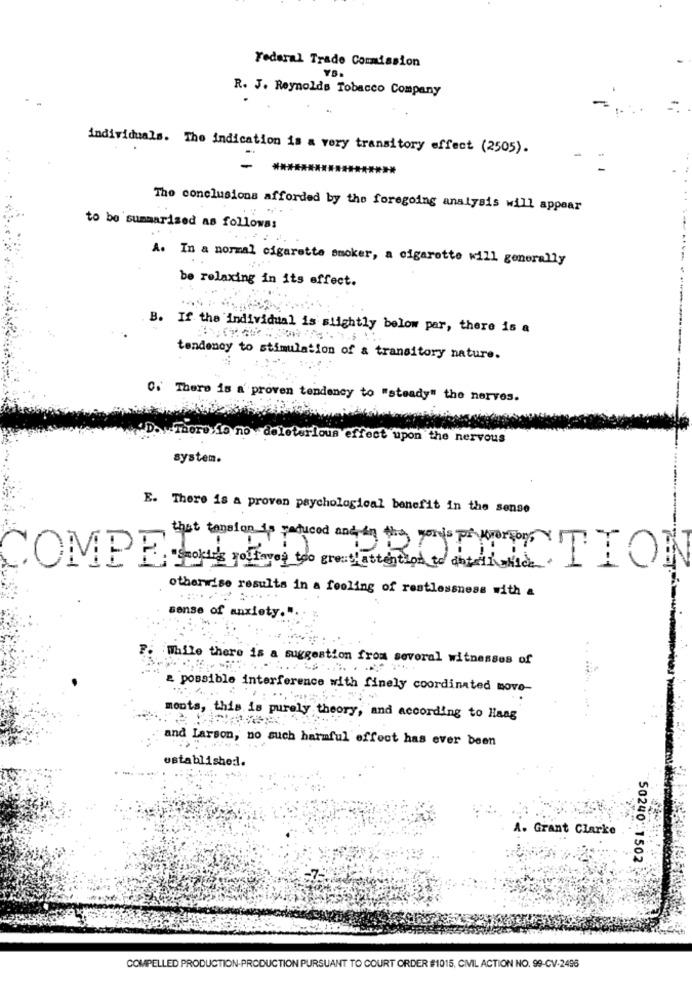
Federal Trade Commission
R. J. Reynolds Tobacco Company
individuals. The indication is a very transitory effect (2505) .
The conclusions afforded by the foregoing analysis will appear
to be summarized as followss
A. In a normal cigarette smoker, a cigarette will generally
be relaxing in its effect.
B. If the individual is slightly below par, there is a
tendency to stimulation of & transitory nature.
0. There is a proven tendency to "steady" the nerves.
"There is no deleterious effect upon the nervous
system.
E. There is a proven psychological benefit in the sense
OME ES TIL FU
that tension is practiced and in the yourpor TIO
otherwise results in a feeling of restlessness with a
sense of anxiety.".
While there is a suggestion from several witnesses of
possible interference with finely coordinated move-
monta, this is purely theory, and according to Haag
and Larson, no such harmful effect has ever been
established.
A. Grant Clarke
50240 1502
COMPELLED PRODUCTION-PRODUCTION PURSUANT TO COURT ORDER #1015, CIVIL ACTION NO. 99-CV-2496